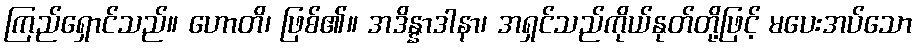
ကြည်ရှောင်သည်။ ဟောတိ၊ ဖြစ်၏။ အဒိန္နာဒါနာ၊ အရှင်သည်ကိုယ်နုတ်တို့ဖြင့် မပေးအပ်သော